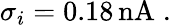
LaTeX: \sigma_{i}=0.18\, \mathrm{nA}\; .